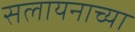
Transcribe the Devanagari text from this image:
सलायनाच्या